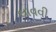
લાવવી